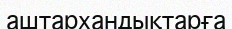
аштархандықтарға